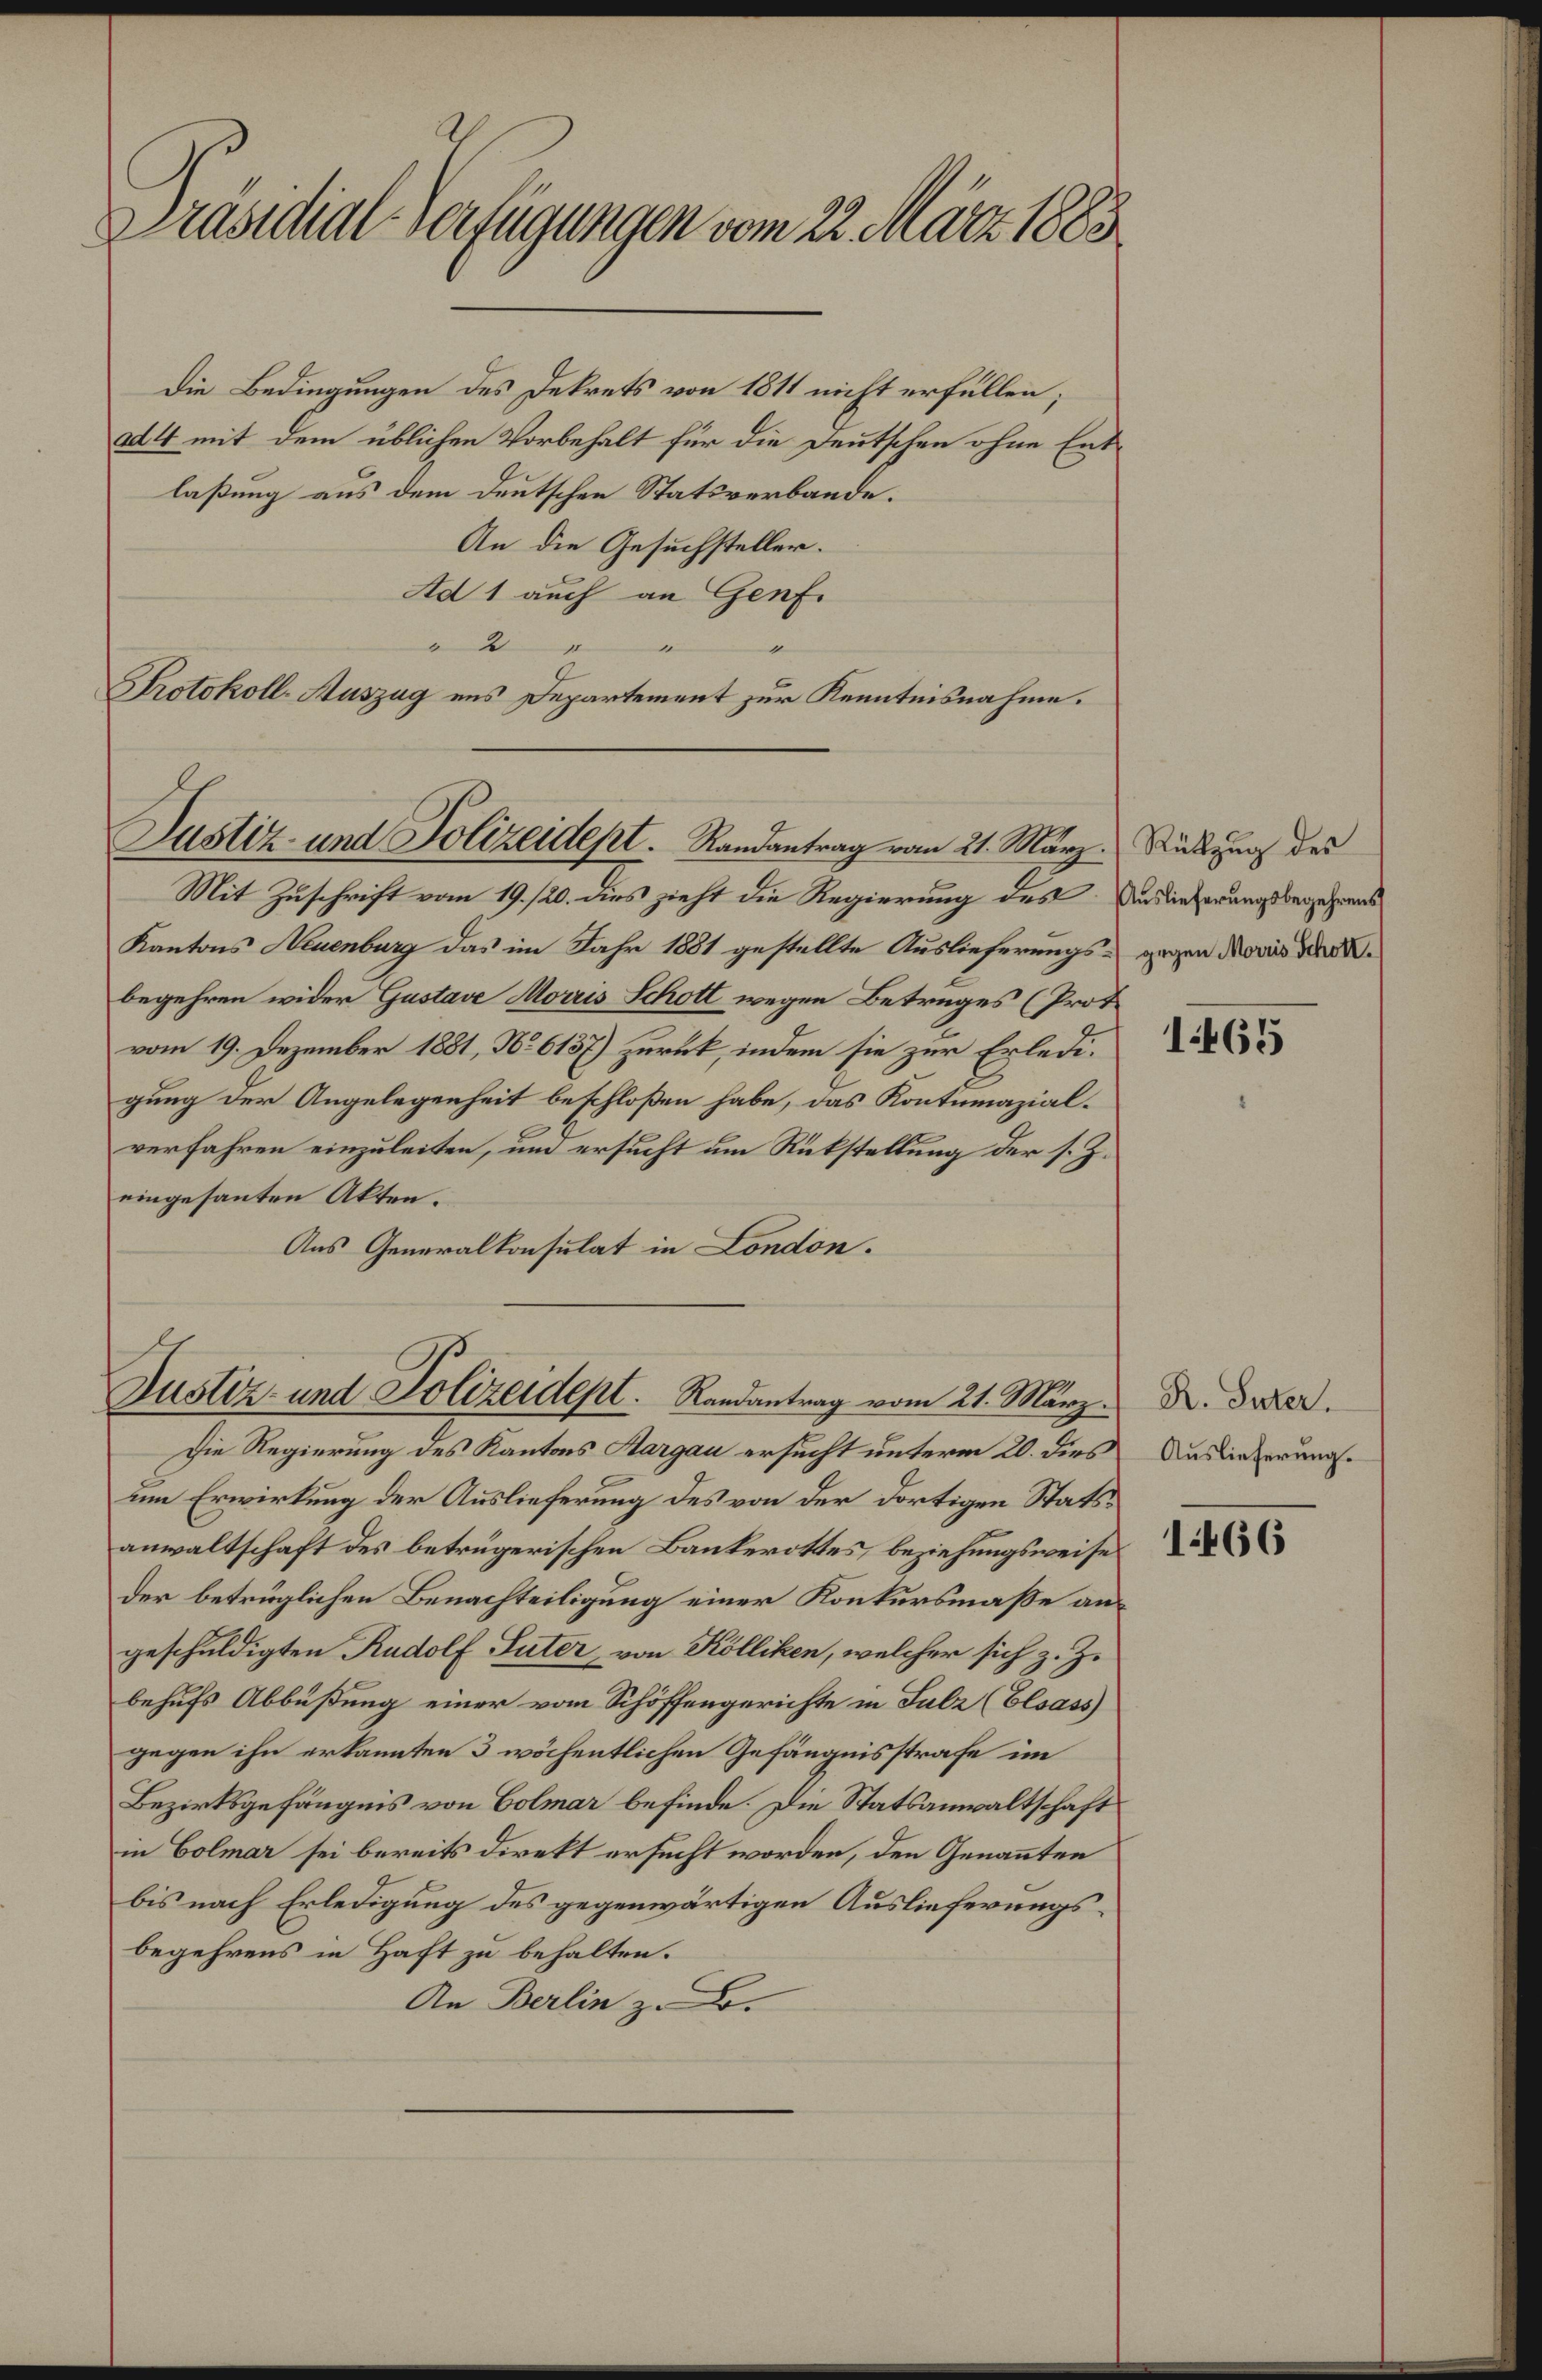
.t titl dAttgetflt von It dlä 8ä
die Bedingungen des detrets von 4 nicht erfüllen;
l4 mit dem üblichen Vorbehelt für die eutschen ohme Ert¬
lasung aus dem Deutschee Statsrerbande.
An die Gesuchstellen.
tol 1 auch an Heef.
Be
Hotokoll aszag ens Dezartement zur Kennteisnahne.
 Stätzug des
usefrkngslegehmn
zugen Nonis Shote
14065
Jntu ert Joheisch. Randestag evo 1. Mtg¬
Mit Zuschrift vom 9. 2. Dies jieht die Regierung Les
Kantons anbarg das im Sahr 181 gestellte Ausleferungsu
begehren wider Gatan oais Sch wegen Betrnges Prot¬
vom 9. Dezmber 12. N 61ß Hurkt indem sie zur Erled
gung der Angelegenheit beschloßen habe, das Kontuazial¬
verfahren einzuleiten, und ersucht  Retstellung der s.
eingesanten Alten.
Aus Generallnselat in Lonon.
t. Laal
Auslieferungse
14066
taate unt eeutel. Radntag aom 21. Ma
Die Regierung des Kantsns Kaagan ersucht unter 2. dies
m Erwirlung der Auslieferung des von der Bortigen Stat¬
anwaltschaft des betrugerischen Banterottes beziehungsiweis.
der betruglichen Benachteiligung einer Konturknaße au¬
geschudigten Radolf Sate von Mlliken, welcher sich z. Z.
behufs Abbußung einer vom Schöffengerichte in Fale Bloas
gegen ihn ertannten  wöhentlichen Gefängisstrahe in
Bezirtsgefängis von Bolmer befinde die Statlanraltschafe
in Bolnar sei bereik dirett ersucht worden, den Genaten
bis nach Erledigung des gegenwärtigen Auslieferugs¬
begehrens in Haft zu behalten.
An Malin z.